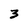
Character: 3